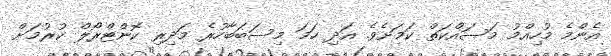
އެންމެ މުހިއްމު މަސައްކަތް ކަމަށެވެ. އަދި ހަމަ މިސަބަބާހުރެ މަދިރި ކޮންޓްރޯލް ކުރުމަށް